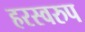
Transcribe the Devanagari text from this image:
हरस्वरुप